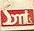
smts